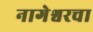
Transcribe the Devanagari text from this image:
नागेश्वरचा